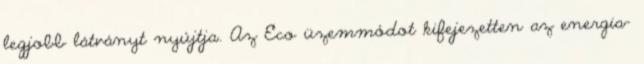
legjobb látványt nyújtja. Az Eco üzemmódot kifejezetten az energia-